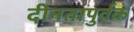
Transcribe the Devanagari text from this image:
दीनतापुर्वक